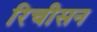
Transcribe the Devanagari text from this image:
रिचीसन